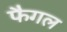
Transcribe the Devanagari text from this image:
फैगल